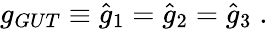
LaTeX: g_{GUT}\equiv\hat{g}_{1}=\hat{g}_{2}=\hat{g}_{3}\; .